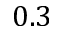
0 . 3